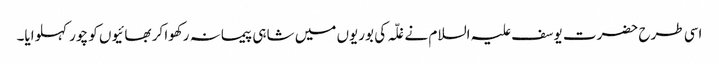
اسی طرح حضرت یوسف علیہ السلام نے غلّہ کی بوریوں میں شاہی پیمانہ رکھوا کر بھائیوں کو چور کہلوایا۔